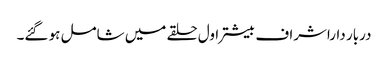
دربار داراشراف بیشتر اول حلقے میں شامل ہو گئے۔